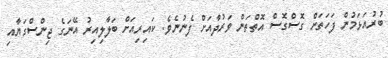
ބުރުއަޅަމުން ފަހަތަށް ގޮސްގޮސް އޮތްތަން ވަރުދާއަށް ފެނުނެވެ. ކައިރިއަށް ބަލާލިއިރު އޭނަގެ ޖިންސްގަޔާއި